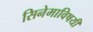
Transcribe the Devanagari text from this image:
सिनेमाविषयी